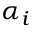
\alpha _ { i }